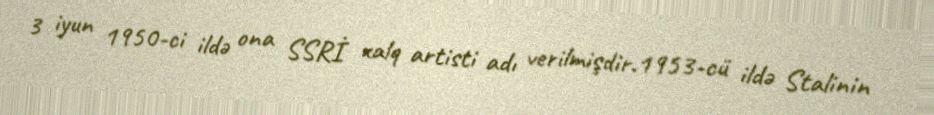
3 iyun 1950-ci ildə ona SSRİ xalq artisti adı verilmişdir.1953-cü ildə Stalinin